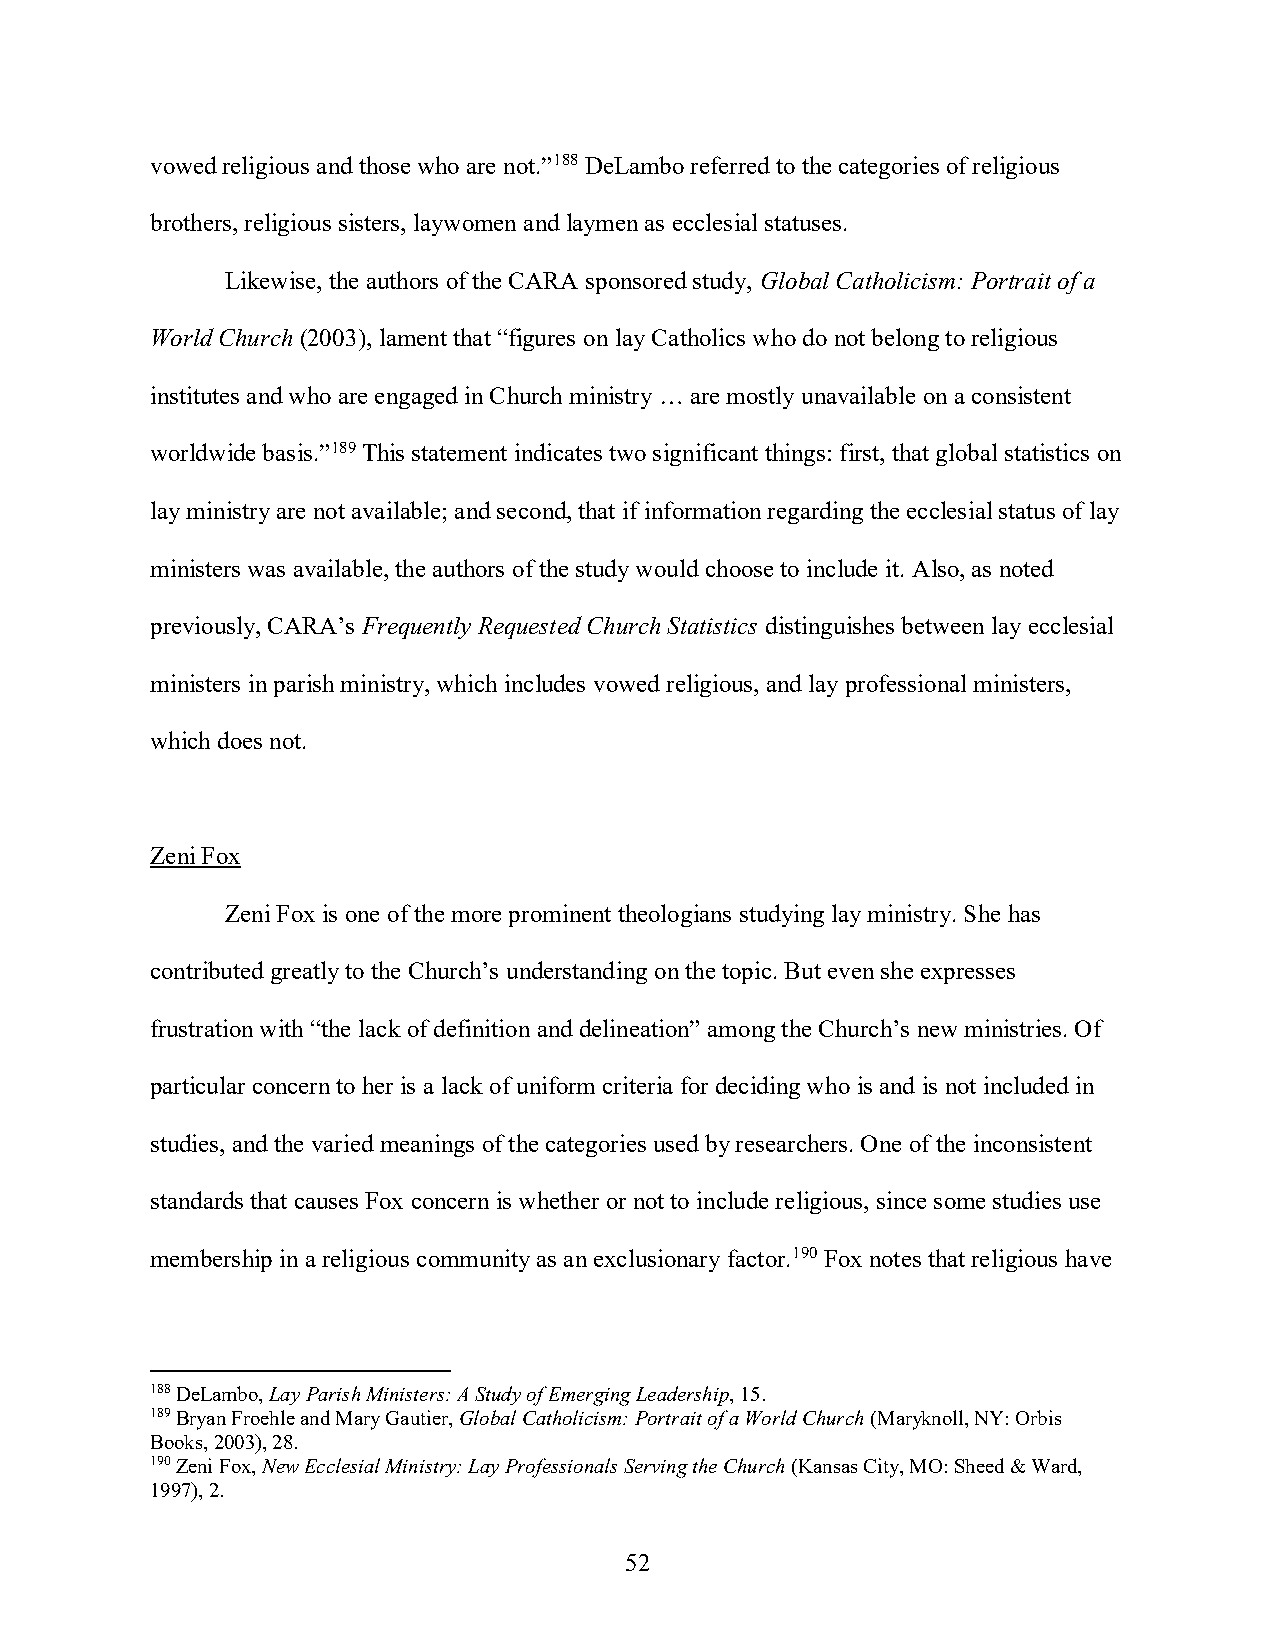
vowed religious and those who are not.”188 DeLambo referred to the categories of religious
 brothers, religious sisters, laywomen and laymen as ecclesial statuses.
 Likewise, the authors of the CARA sponsored study, Global Catholicism: Portrait of a
 World Church (2003), lament that “figures on lay Catholics who do not belong to religious
 institutes and who are engaged in Church ministry … are mostly unavailable on a consistent
 worldwide basis.”189 This statement indicates two significant things: first, that global statistics on
 lay ministry are not available; and second, that if information regarding the ecclesial status of lay
 ministers was available, the authors of the study would choose to include it. Also, as noted
 previously, CARA’s Frequently Requested Church Statistics distinguishes between lay ecclesial
 ministers in parish ministry, which includes vowed religious, and lay professional ministers,
 which does not.
 Zeni Fox
 Zeni Fox is one of the more prominent theologians studying lay ministry. She has
 contributed greatly to the Church’s understanding on the topic. But even she expresses
 frustration with “the lack of definition and delineation” among the Church’s new ministries. Of
 particular concern to her is a lack of uniform criteria for deciding who is and is not included in
 studies, and the varied meanings of the categories used by researchers. One of the inconsistent
 standards that causes Fox concern is whether or not to include religious, since some studies use
 membership in a religious community as an exclusionary factor.190 Fox notes that religious have
 188 DeLambo, Lay Parish Ministers: A Study of Emerging Leadership, 15.
 189 Bryan Froehle and Mary Gautier, Global Catholicism: Portrait of a World Church (Maryknoll, NY: Orbis
 Books, 2003), 28.
 190 Zeni Fox, New Ecclesial Ministry: Lay Professionals Serving the Church (Kansas City, MO: Sheed & Ward,
 1997), 2.
 52